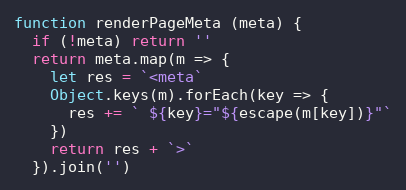
Language: JavaScript
function renderPageMeta (meta) {
  if (!meta) return ''
  return meta.map(m => {
    let res = `<meta`
    Object.keys(m).forEach(key => {
      res += ` ${key}="${escape(m[key])}"`
    })
    return res + `>`
  }).join('')